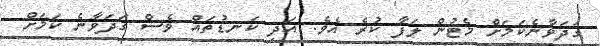
ގަދަވާނެކަމަށް މެޓުން ލަފާ ކުރެ އެވެ. އަދި ކަނޑުތައް ވެސް ގަދަވާނެ ކަމަށް